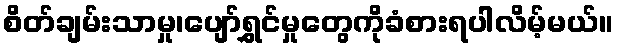
စိတ်ချမ်းသာမှု၊ပျော်ရွှင်မှုတွေကိုခံစားရပါလိမ့်မယ်။